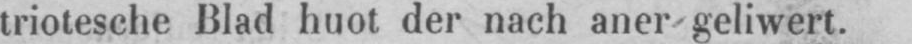
triotesche Blad huot der nach aner geliwert.